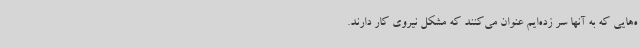
ه‌هایی که به آنها سر زده‌ایم عنوان می‌کنند که مشکل نیروی کار دارند.